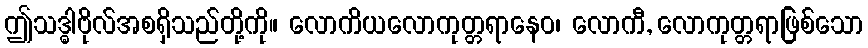
ဤသဒ္ဓါဗိုလ်အစရှိသည်တို့ကို။ လောကိယလောကုတ္တရာနေဝ၊ လောကီ, လောကုတ္တရာဖြစ်သော